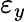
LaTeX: \varepsilon_{y}